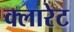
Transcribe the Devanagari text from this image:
क्लारेट